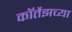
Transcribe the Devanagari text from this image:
कॉर्तेझच्या